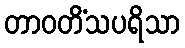
တာဝတိံသပရိသာ